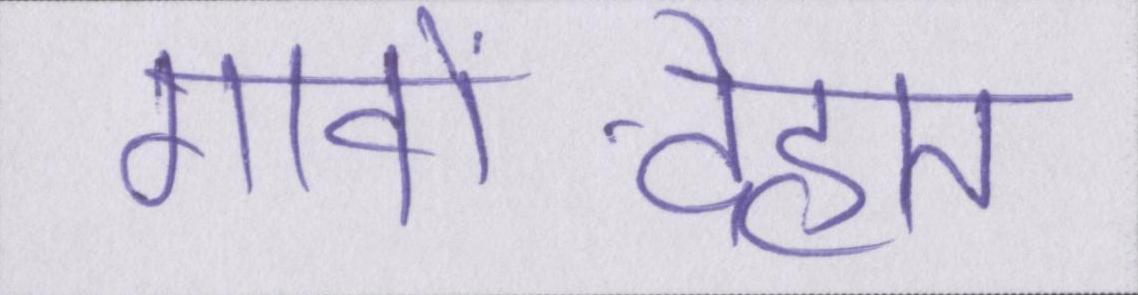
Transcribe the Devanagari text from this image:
गावों-देहात